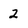
Character: 2